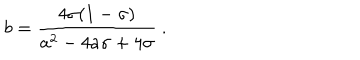
LaTeX: { { b } } = { \frac { 4 \sigma ( 1 - \sigma ) } { { { a } } ^ { 2 } - 4 { { a } } \sigma + 4 \sigma } } \ .